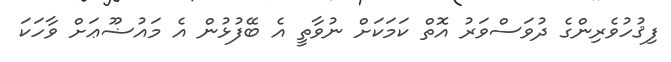
ފިޤުހުވެރިންގެ ދުވަސްވަރު އޮތް ކަމަކަށް ނުވާތީ އެ ބޭފުޅުން އެ މައުޟޫޢަށް ވާހަކަ